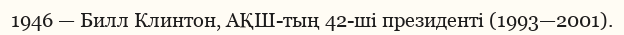
1946 — Билл Клинтон, АҚШ-тың 42-ші президенті (1993—2001).